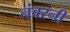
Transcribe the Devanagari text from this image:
नंबरनी